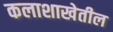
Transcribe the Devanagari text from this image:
कलाशाखेतील